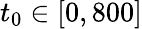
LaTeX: t_{0}\in[0,800]